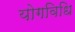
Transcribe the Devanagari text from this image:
योगविधि